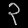
Digit: ၃